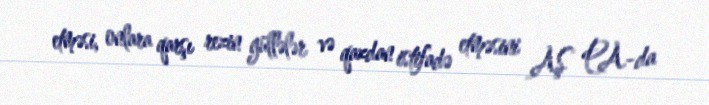
etməsi, onlara qarşı rezin güllələr və qazdan istifadə etməsini AŞ PA-da